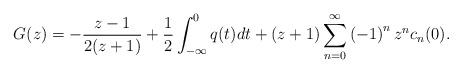
\begin{align*}G(z)=-\frac{z-1}{2(z+1)}+\frac{1}{2}\int_{-\infty}^{0}q(t)dt+(z+1)\sum_{n=0}^{\infty}\left( -1\right) ^{n}z^{n}c_{n}(0). \end{align*}